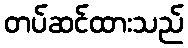
တပ်ဆင်ထားသည်